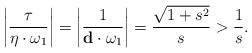
LaTeX: \begin{align*} \left \vert \frac{\tau}{\eta\cdot \omega_1}\right \vert =\left \vert \frac{1}{\mathbf d\cdot \omega_1}\right \vert=\frac{\sqrt{1+s^2}}{s}>\frac{1}{s}. \end{align*}